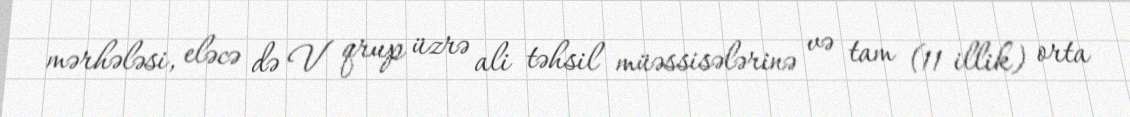
mərhələsi, eləcə də V qrup üzrə ali təhsil müəssisələrinə və tam (11 illik) orta